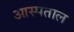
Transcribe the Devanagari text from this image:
आस्पताल